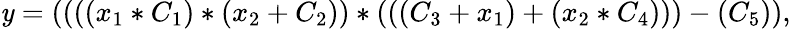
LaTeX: \mathit{y}=((((x_{1}*C_{1})*(x_{2}+C_{2}))*(((C_{3}+x_{1})+(x_{2}*C_{4})))-(C_{5})),